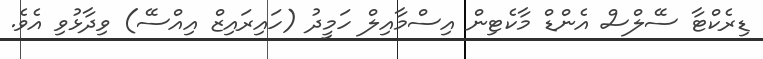
ޑިރެކްޓާ ސޭލްސް އެންޑް މާކެޓިން އިސްމާއިލް ހަމީދު (ހައިރައިޒް އިއްސޭ) ވިދާޅުވި އެވެ.